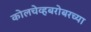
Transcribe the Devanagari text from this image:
कोलचेव्हबरोबरच्या